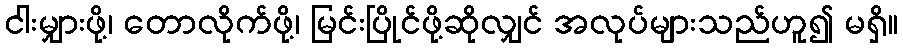
ငါးမျှားဖို့၊ တောလိုက်ဖို့၊ မြင်းပြိုင်ဖို့ဆိုလျှင် အလုပ်များသည်ဟူ၍ မရှိ။